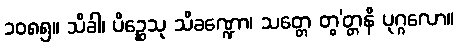
၁၀၈၅။ သိခါ၊ ပိဉ္ဆေသု သိခဏ္ဍော၊ သတ္တေ တွ’တ္တနိ ပုဂ္ဂလော။